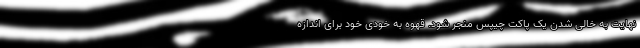
نهایت به خالی شدن یک پاکت چیپس منجر شود. قهوه به خودی خود برای اندازه